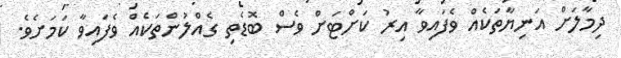
ދިމާލަށް އަނިޔާތަކެއް ވެފައިވާ އިރު ކަށްޓަށް ވެސް ބޮޑެތި ގެއްލުންތަކެއް ވެފައިވާ ކަމަށެވެ.